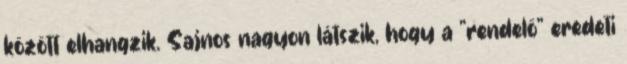
között elhangzik. Sajnos nagyon látszik, hogy a "rendelő" eredeti